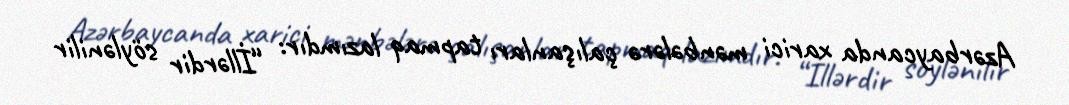
Azərbaycanda xarici mənbələrə çalışanları tapmaq lazımdır: “İllərdir söylənilir